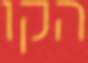
הקו